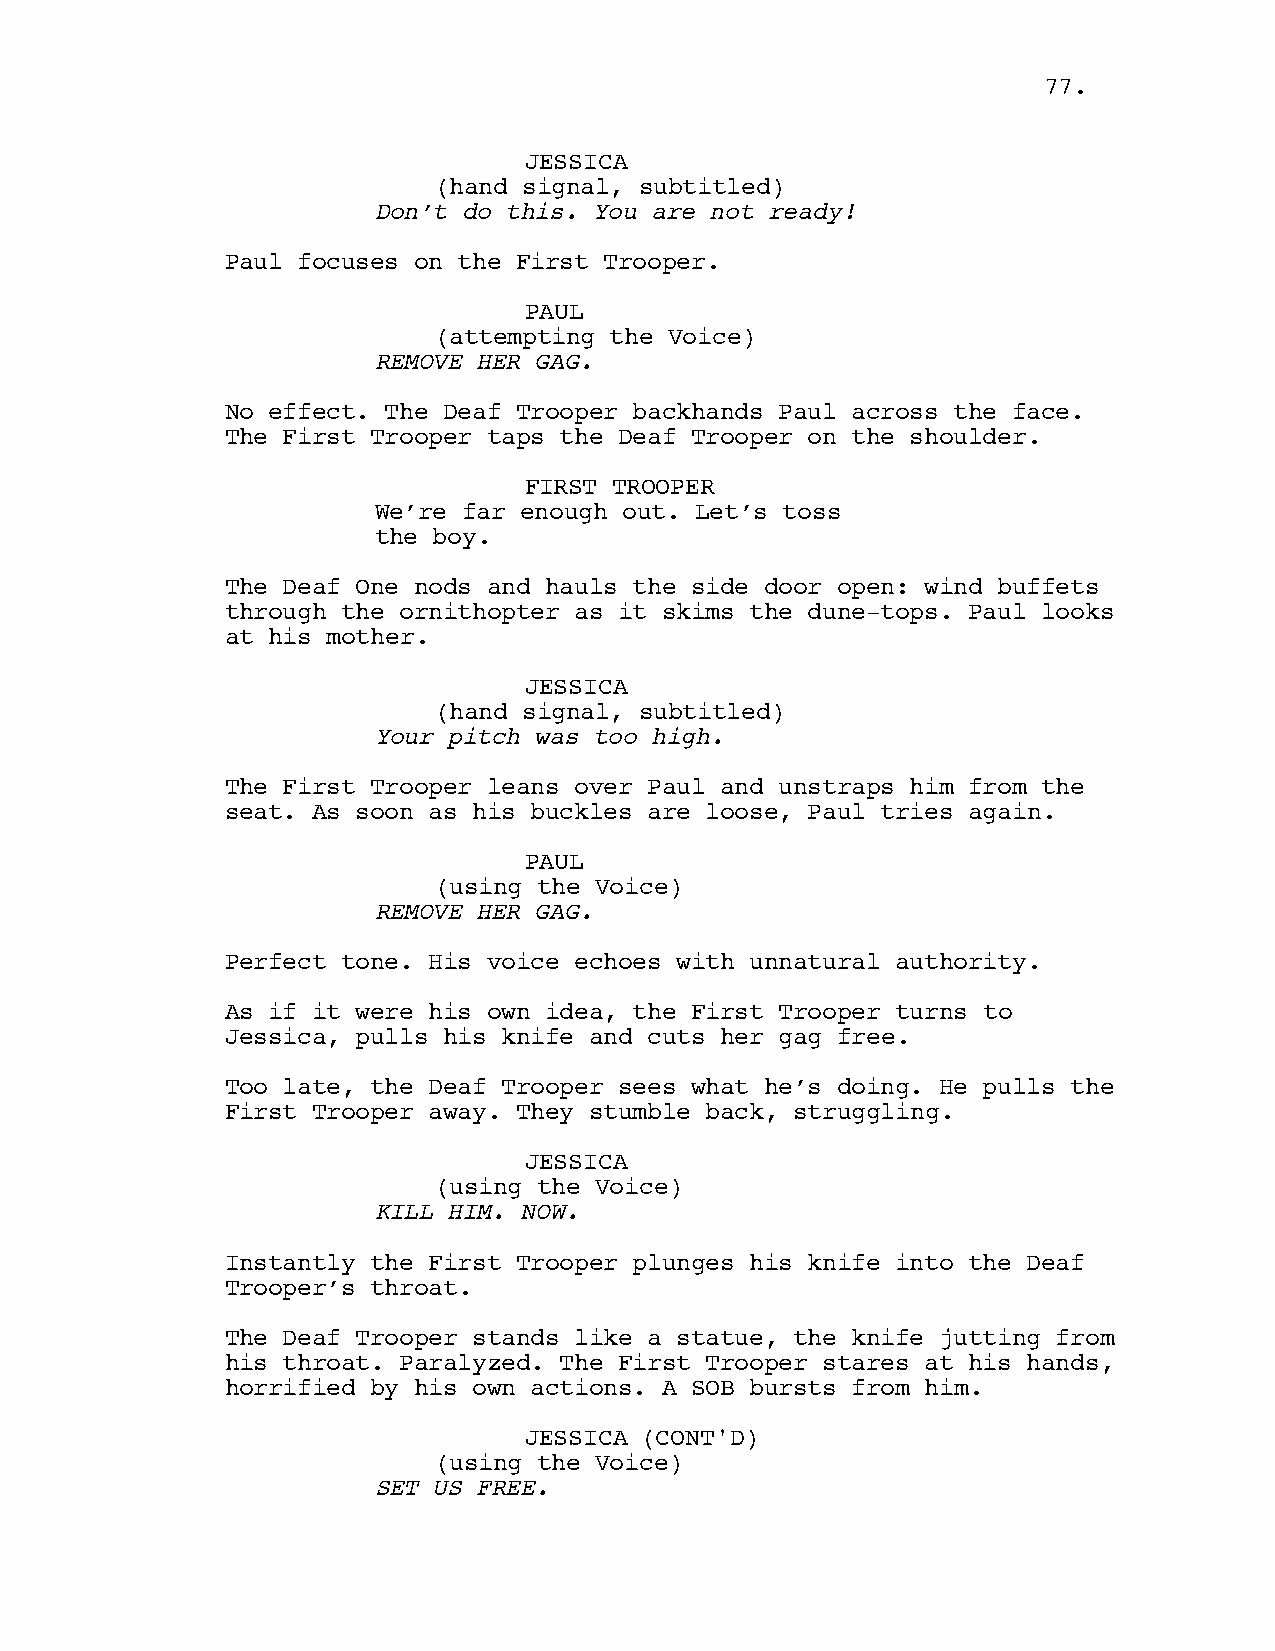
7777..
 JESSICA
 (hand signal, subtitled)
 Don’t do this. You are not ready!
 Paul focuses on the First Trooper.
 PAUL
 (attempting the Voice)
 REMOVE HER GAG.
 No effect. The Deaf Trooper backhands Paul across the face.
 The First Trooper taps the Deaf Trooper on the shoulder.
 FIRST TROOPER
 We’re far enough out. Let’s toss
 the boy.
 The Deaf One nods and hauls the side door open: wind buffets
 through the ornithopter as it skims the dune-tops. Paul looks
 at his mother.
 JESSICA
 (hand signal, subtitled)
 Your pitch was too high.
 The First Trooper leans over Paul and unstraps him from the
 seat. As soon as his buckles are loose, Paul tries again.
 PAUL
 (using the Voice)
 REMOVE HER GAG.
 Perfect tone. His voice echoes with unnatural authority.
 As if it were his own idea, the First Trooper turns to
 Jessica, pulls his knife and cuts her gag free.
 Too late, the Deaf Trooper sees what he’s doing. He pulls the
 First Trooper away. They stumble back, struggling.
 JESSICA
 (using the Voice)
 KILL HIM. NOW.
 Instantly the First Trooper plunges his knife into the Deaf
 Trooper’s throat.
 The Deaf Trooper stands like a statue, the knife jutting from
 his throat. Paralyzed. The First Trooper stares at his hands,
 horrified by his own actions. A SOB bursts from him.
 JESSICA (CONT'D)
 (using the Voice)
 SET US FREE.